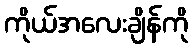
ကိုယ်အလေးချိန်ကို